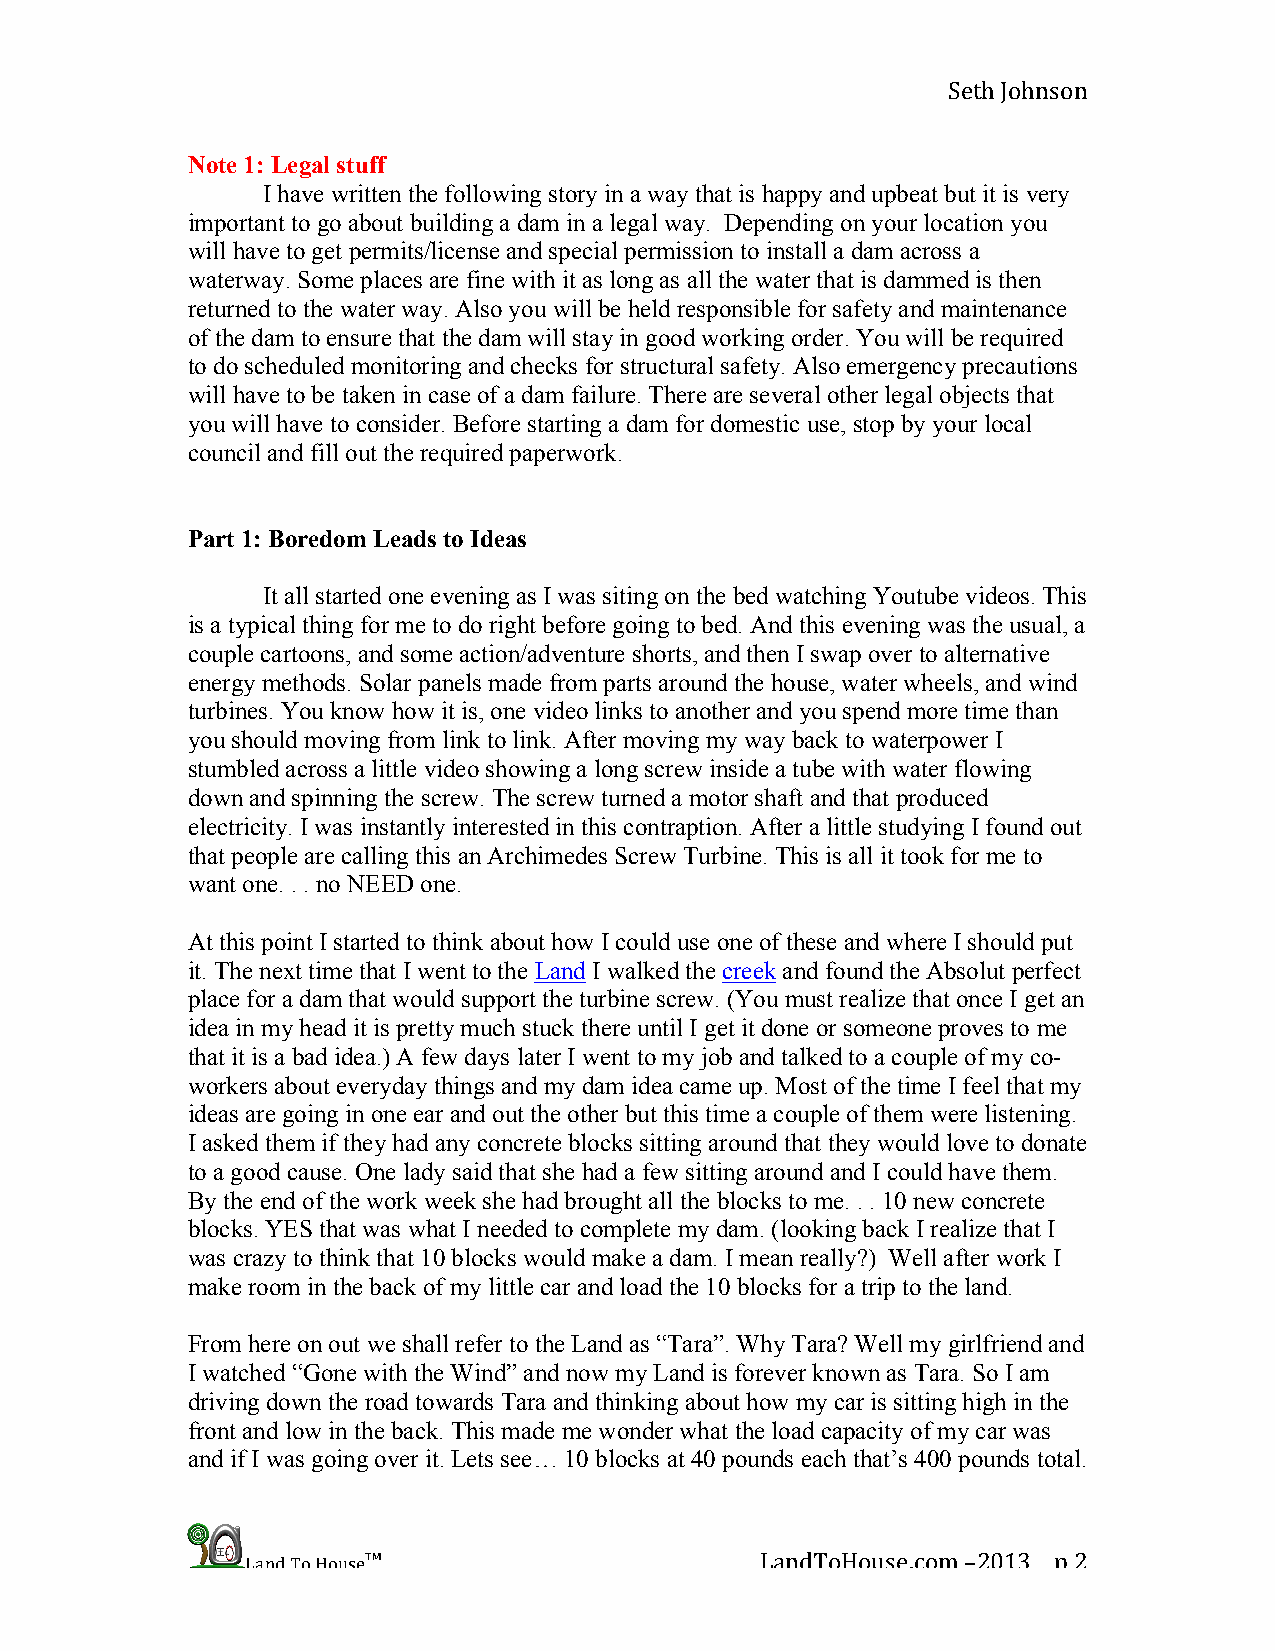
Seth Johnson
 Note 1: Legal stuff
 I have written the following story in a way that is happy and upbeat but it is very
 important to go about building a dam in a legal way. Depending on your location you
 will have to get permits/license and special permission to install a dam across a
 waterway. Some places are fine with it as long as all the water that is dammed is then
 returned to the water way. Also you will be held responsible for safety and maintenance
 of the dam to ensure that the dam will stay in good working order. You will be required
 to do scheduled monitoring and checks for structural safety. Also emergency precautions
 will have to be taken in case of a dam failure. There are several other legal objects that
 you will have to consider. Before starting a dam for domestic use, stop by your local
 council and fill out the required paperwork.
 Part 1: Boredom Leads to Ideas
 It all started one evening as I was siting on the bed watching Youtube videos. This
 is a typical thing for me to do right before going to bed. And this evening was the usual, a
 couple cartoons, and some action/adventure shorts, and then I swap over to alternative
 energy methods. Solar panels made from parts around the house, water wheels, and wind
 turbines. You know how it is, one video links to another and you spend more time than
 you should moving from link to link. After moving my way back to waterpower I
 stumbled across a little video showing a long screw inside a tube with water flowing
 down and spinning the screw. The screw turned a motor shaft and that produced
 electricity. I was instantly interested in this contraption. After a little studying I found out
 that people are calling this an Archimedes Screw Turbine. This is all it took for me to
 want one. . . no NEED one.
 At this point I started to think about how I could use one of these and where I should put
 it. The next time that I went to the Land I walked the creek and found the Absolut perfect
 place for a dam that would support the turbine screw. (You must realize that once I get an
 idea in my head it is pretty much stuck there until I get it done or someone proves to me
 that it is a bad idea.) A few days later I went to my job and talked to a couple of my co-
 workers about everyday things and my dam idea came up. Most of the time I feel that my
 ideas are going in one ear and out the other but this time a couple of them were listening.
 I asked them if they had any concrete blocks sitting around that they would love to donate
 to a good cause. One lady said that she had a few sitting around and I could have them.
 By the end of the work week she had brought all the blocks to me. . . 10 new concrete
 blocks. YES that was what I needed to complete my dam. (looking back I realize that I
 was crazy to think that 10 blocks would make a dam. I mean really?) Well after work I
 make room in the back of my little car and load the 10 blocks for a trip to the land.
 From here on out we shall refer to the Land as “Tara”. Why Tara? Well my girlfriend and
 I watched “Gone with the Wind” and now my Land is forever known as Tara. So I am
 driving down the road towards Tara and thinking about how my car is sitting high in the
 front and low in the back. This made me wonder what the load capacity of my car was
 and if I was going over it. Lets see… 10 blocks at 40 pounds each that’s 400 pounds total.
 Land To House™                    LandToHouse.com –2013 p 2